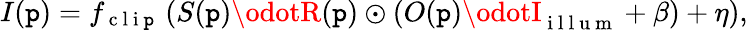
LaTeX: I(\mathtt{p})=f_{\mathrm{{~c~l~i~\mathtt{p}~}}}\left(S(\mathtt{p})\odotR(\mathtt{p})\odot\left(O(\mathtt{p})\odotI_{\mathrm{{~i~l~l~u~m~}}}+\beta\right)+\eta\right),